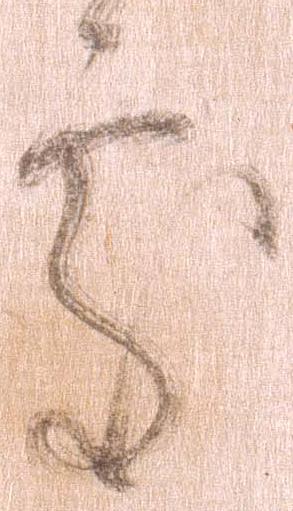
処